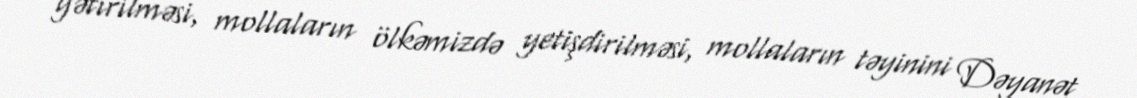
gətirilməsi, mollaların ölkəmizdə yetişdirilməsi, mollaların təyinini Dəyanət